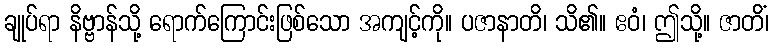
ချုပ်ရာ နိဗ္ဗာန်သို့ ရောက်ကြောင်းဖြစ်သော အကျင့်ကို။ ပဇာနာတိ၊ သိ၏။ ဧဝံ၊ ဤသို့။ ဇာတိံ၊